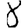
Digit: 8